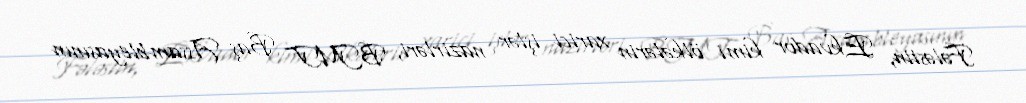
Fələstin, Ekvador kimi ölkələrin xarici işlər nazirləri, BMT Baş Assambleyasının